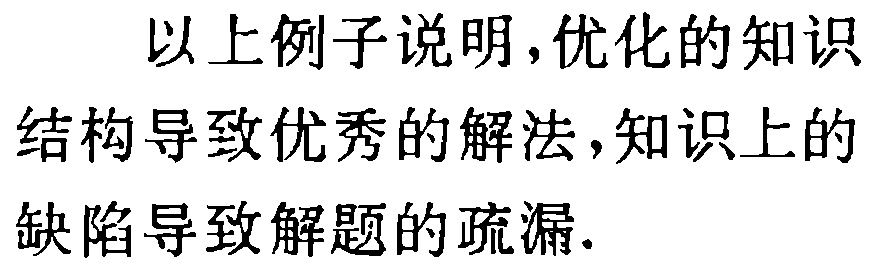
以上例子说明，优化的知识结构导致优秀的解法，知识上的缺陷导致解题的疏漏.